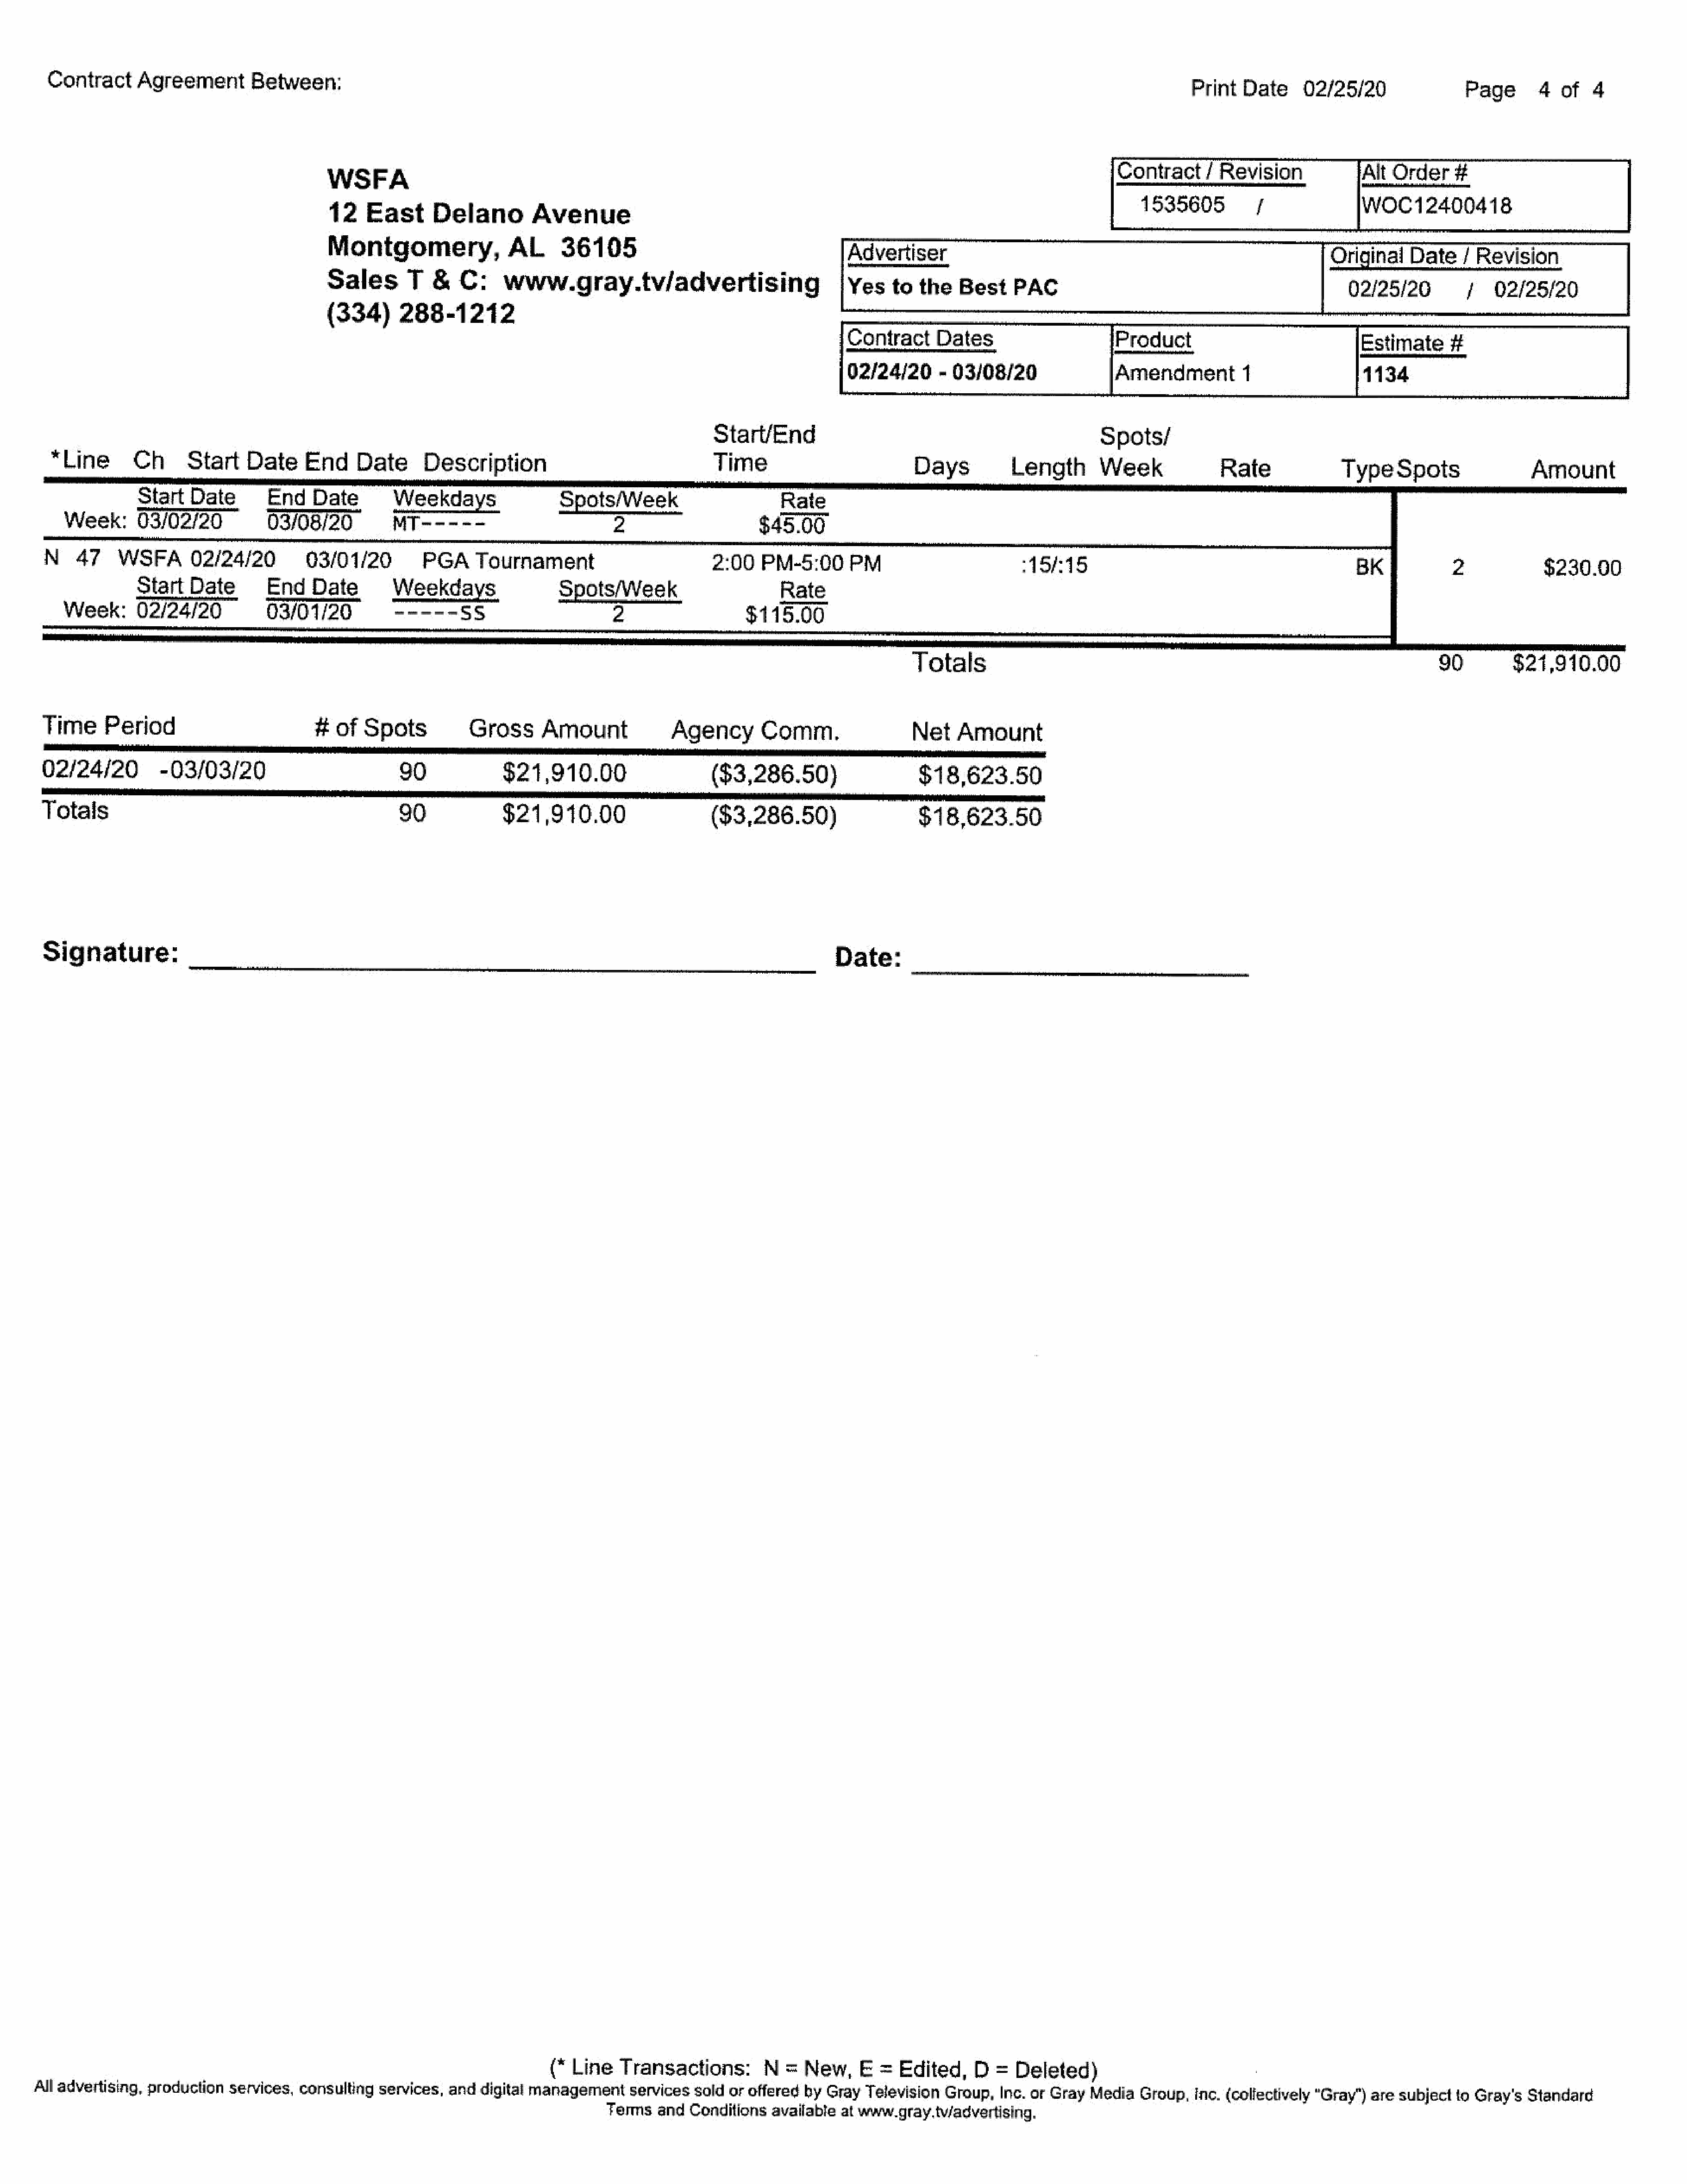
Contract     Agreement       Between:
 Print   Date    02/25/20                Page      4  of   4
 WsEA
 a                                  peaks
 12   East      Delano        Avenue
 L
 Montgomery,               AL     36105                                    Advertiser
 Original    Date   7 Revision
 Sales      T   &   C:    www.gray.tv/advertising                          |Yes   to the   Best    PAC                                             02/25/20;            02/25/20
 (334)     288-1212
 Contract     Dates                    Product                             Estimate    #
 Start/End                                              Spots/
 *Line       Ch      Start   Date     End    Date      Description                              Time                         Days          Length      Week              Ra te            TypeSpots                  A mount
 Start  Date       End    Date       Weekdays                Spots/Week                      Rate
 Week:      03/02/20          03/08/20.         MT-----                         2                    $45.00
 N    47    WSFA      02/24/20         03/01/20        PGA     Tournament                        2:00   PM-5:0    0 PM                       215/15                                          BK            2            $230.00
 StartDate         End    Date       Weekdays                Spots/Week                      Rate
 Week:      02/24/   20       03/01/20,         --  --  -SS                     2                  $115.00
 Totals                                                                      90        $24,910.00
 Time     Period                        #ofSpots              Gross     Amount             Agency       Comm.                 Net   Amount
 eee
 02/24/20         -03/03/20                         90             $21,910.00                    ($3,286.50)                  $18,623.50
 ‘eens
 Totals                                             90             $21,910.00                    ($3,286.50)                  $18,623.50
 Signature:
 Date:
 (* Line   Transactions:       N  =  New,    E  =  Edited,   D  =  Deleted)
 All advertising, production services, consulting services, and  digital managementservicessoldoroffered       by Gray  Television Group,  Inc. or Gray Media  Group,inc.(collectively  "Gray") are subject to Gray's Standard
 Termsand    Conditions available at www.gray.twadvertising.